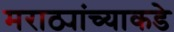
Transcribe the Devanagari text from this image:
मराठ्यांच्याकडे